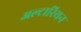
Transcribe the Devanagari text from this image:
अल्टारियन